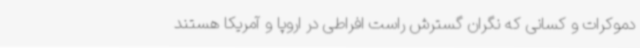
دموکرات و کسانی که نگران گسترش راست افراطی در اروپا و آمریکا هستند